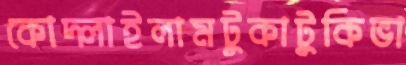
কোদ্‌লাইলামটুকাটুকিভা